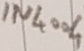
Text: IN4004